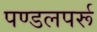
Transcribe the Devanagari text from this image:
पण्डलपर्रू